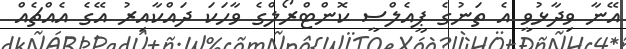
އޭނާ ވިދާޅުވީ އެ ތަނުގެ ޕީއެލްސީ ކޮންޓްރޯލްގެ ވާހަކަ ދައްކާއިރު އޭގެ އެއްޗެއް